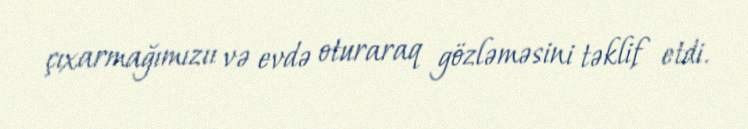
çıxarmağımızıı və evdə oturaraq gözləməsini təklif etdi.